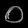
Digit: ၀